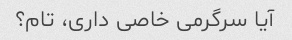
آیا سرگرمی خاصی داری، تام؟